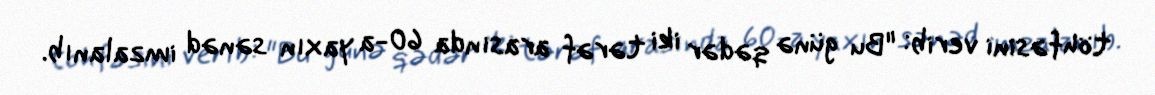
töhfəsini verib: "Bu günə qədər iki tərəf arasında 60-a yaxın sənəd imzalanıb.